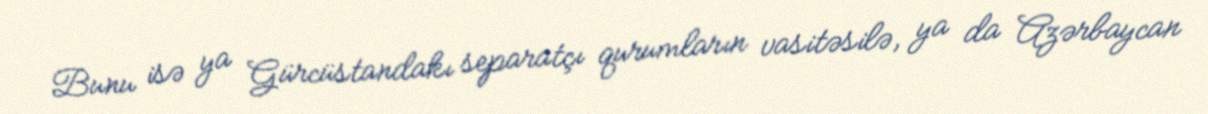
Bunu isə ya Gürcüstandakı separatçı qurumların vasitəsilə, ya da Azərbaycan